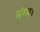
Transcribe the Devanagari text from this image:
मॅग्मा